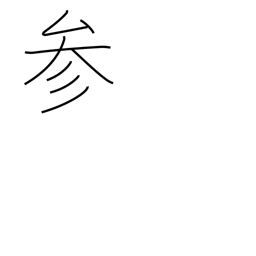
Meaning: be defeated